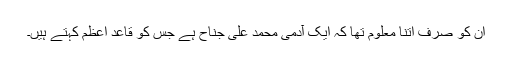
ان کو صرف اتنا معلوم تھا کہ ایک آدمی محمد علی جناح ہے جس کو قاعدِ اعظم کہتے ہیں۔